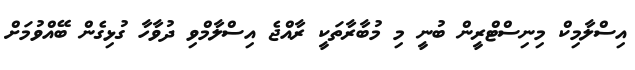
އިސްލާމިކް މިނިސްޓްރީން ބުނީ މި މުބާރާތަކީ ރާއްޖެ އިސްލާމްވި ދުވާހާ ގުޅިގެން ބޭއްވުމަށް